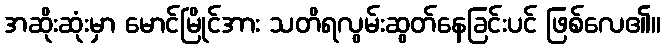
အဆိုးဆုံးမှာ မောင်မြိုင်အား သတိရလွမ်းဆွတ်နေခြင်းပင် ဖြစ်လေ၏။